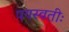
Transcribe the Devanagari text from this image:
पयस्वतीः